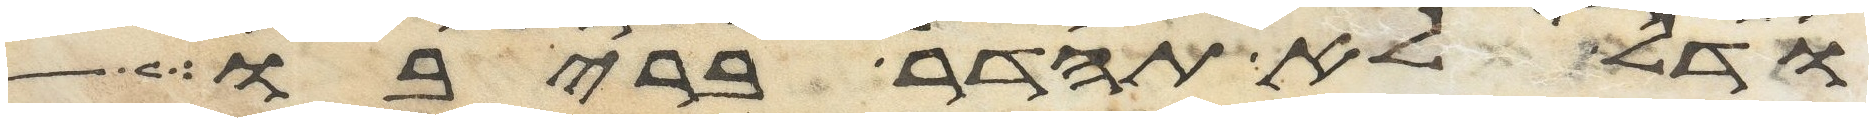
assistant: ודל לא תהדר בריבו